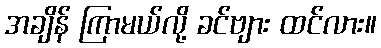
အချိန် ကြာမယ်လို့ ခင်ဗျား ထင်လား။